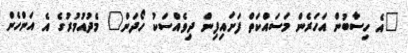
"އެ ހިސާބުން އަހަރެން މަސައްކަތް ފަށައިފިން ދިވެއްސަކު ހޯދަން" މެދުއުމުރުގެ އެ އަންހެން